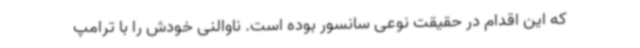
که این اقدام در حقیقت نوعی سانسور بوده است. ناوالنی خودش را با ترامپ